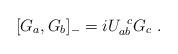
LaTeX: \begin{align*}[G_a, G_b]_{-}=iU_{ab}^{\;\;c}G_c\,\,.\end{align*}